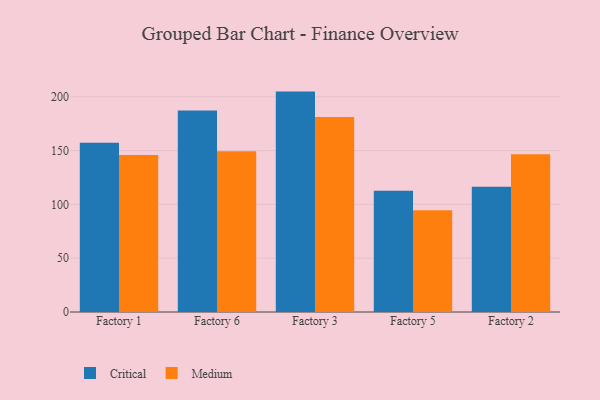
{"axis": {"x": "Factory", "y": "Tickets Resolved"}, "legend": ["Critical", "Medium"], "data": [{"x": "Factory 1", "y": 157.3, "type": "Critical"}, {"x": "Factory 1", "y": 145.9, "type": "Medium"}, {"x": "Factory 6", "y": 187.3, "type": "Critical"}, {"x": "Factory 6", "y": 149.4, "type": "Medium"}, {"x": "Factory 3", "y": 204.8, "type": "Critical"}, {"x": "Factory 3", "y": 181.2, "type": "Medium"}, {"x": "Factory 5", "y": 112.7, "type": "Critical"}, {"x": "Factory 5", "y": 94.6, "type": "Medium"}, {"x": "Factory 2", "y": 116.4, "type": "Critical"}, {"x": "Factory 2", "y": 146.5, "type": "Medium"}]}